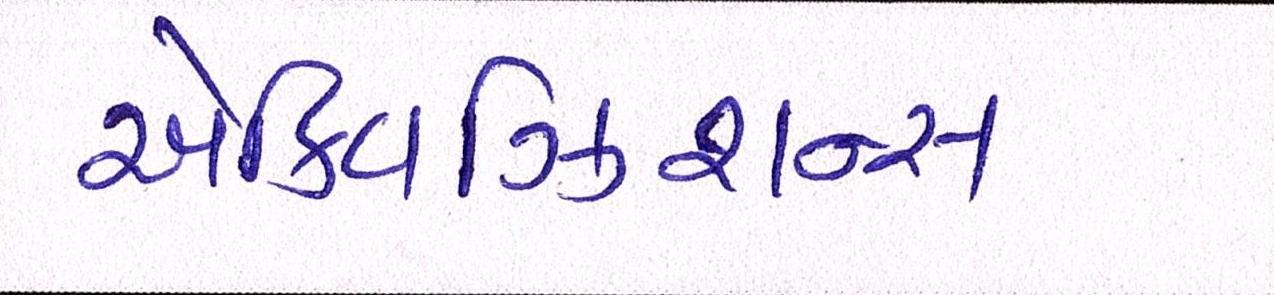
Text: એક્વિઝિશન્સ